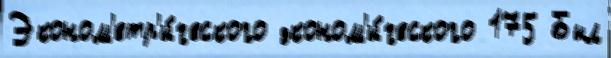
Эконом'етр'и́ческого эконом'и́ческого 175 Был